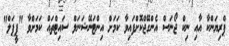
ޕްރިޔަންކާ އާއި ނިކް ޖޯނަސް އެންގޭޖްކޮށްފައިވާ ކަމަށް އިންޓަނޭޝަނަލް ސައިޓްތައް ކަމަށްވާ "ޕީޕަލް"